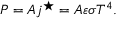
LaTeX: P = A j ^ { \star } = A \varepsilon \sigma T ^ { 4 } .